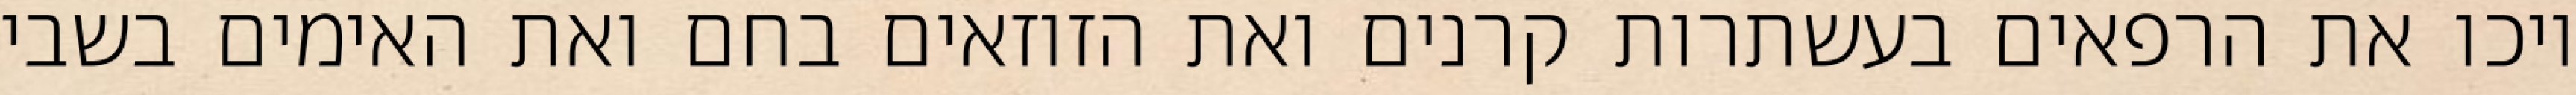
ויכו את הרפאים בעשתרות קרנים ואת הזוזאים בחם ואת האימים בשבי